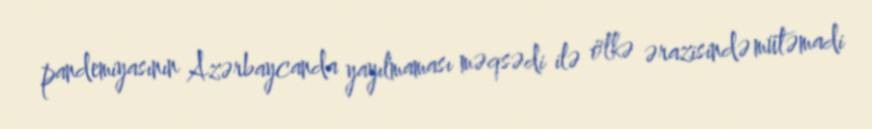
pandemiyasının Azərbaycanda yayılmaması məqsədi ilə ölkə ərazisində mütəmadi